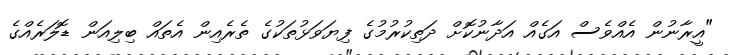
"އީރާނުން އެއްވެސް އަގެއް އަދާނުކޮށް ދަތިކުރުމުގެ ފިޔަވަޅުތަކުގެ ތެރެއިން އެތައް ބިލިއަން ޑޮލަރެއްގެ